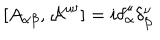
[ A _ { \alpha \beta } , { \cal { A } } ^ { \mu \nu } ] = i \delta _ { \alpha } ^ { \mu } \delta _ { \beta } ^ { \nu } \nonumber